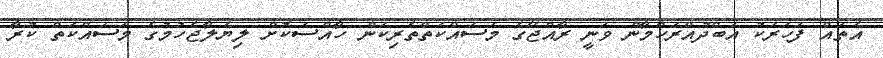
އެތައް ފަހަރަކު އަބްދުއްރަހްމާން ވަނީ ރާއްޖޭގެ މަސައްކަތްތެރިކަން ހާއްސަކޮށް ލިޔެލާޖެހުމުގެ މަސައްކަތް ކުރާ